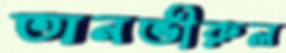
তানভীরুল